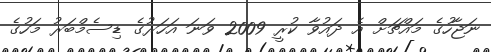
ނަޖާހުގެ މައްޗަށް އެ ދައުވާ ކުރީ 2009 ވަނަ އަހަރުގެ ޑިސެމްބަރު މަހުގެ